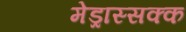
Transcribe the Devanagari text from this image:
मेड्रास्सक्क